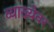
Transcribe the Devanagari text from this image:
व्याख्येवर